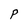
Character: P